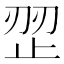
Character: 𰙩